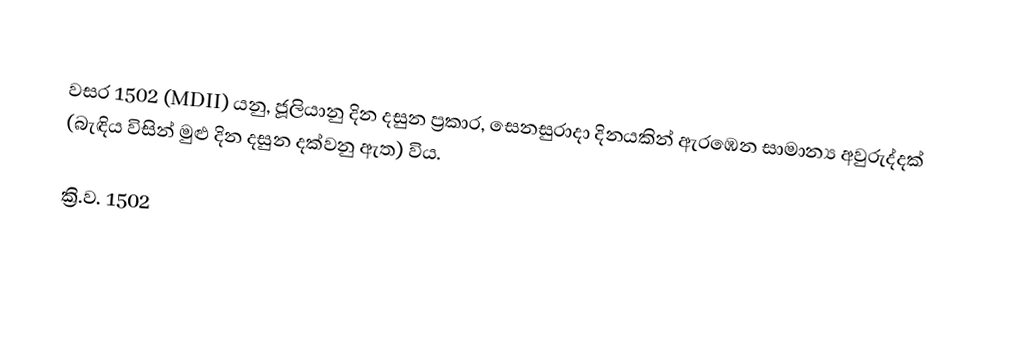

වසර 1502 (MDII) යනු,  ජූලියානු දින දසුන ප්‍රකාර,  සෙනසුරාදා දිනයකින් ඇරඹෙන සාමාන්‍ය අවුරුද්දක් (බැඳිය විසින් මුළු දින දසුන දක්වනු ඇත) විය.

ක්‍රි.ව. 1502